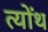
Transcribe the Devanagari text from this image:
त्योंथ